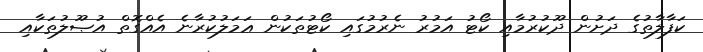
ކަފާލާތުގެ ދަށުން ދޫކުރުމާއި ކޯޓު އަމުރު ނެރުމުގައި ކޯޓުތަކުން ޢަމަލުކުރާނެ އެއްގޮތް އުޞޫލުތަކާއި